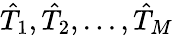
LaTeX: \hat{T}_{1},\hat{T}_{2},...,\hat{T}_{M}